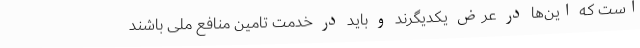
است که این‌ها در عرض یکدیگرند و باید در خدمت تامین منافع ملی باشند